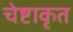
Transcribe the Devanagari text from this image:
चेष्टाकृत